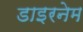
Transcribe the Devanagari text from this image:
डाइरनेम